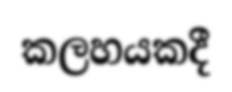
කලහයකදී